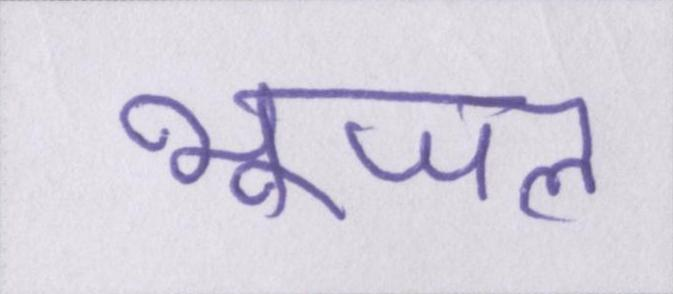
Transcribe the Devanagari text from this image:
भूजल